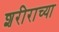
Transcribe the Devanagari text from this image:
शरीराच्या